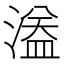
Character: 𱨞